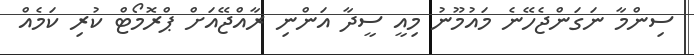
ސިންމާ ނަގަންޖެހޭނެ މައުމޫނު މިއީ ސީދާ އަންނި ރާއްޖޭއަށް ޕްރޮމޯޓް ކުރި ކަމެއް